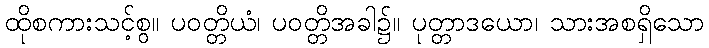
ထိုစကားသင့်စွ။ ပဝတ္တိယံ၊ ပဝတ္တိအခါ၌။ ပုတ္တာဒယော၊ သားအစရှိသော